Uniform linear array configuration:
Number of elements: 32
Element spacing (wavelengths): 0.25
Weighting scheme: kaiser
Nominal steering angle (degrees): -30
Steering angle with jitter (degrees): -31.669
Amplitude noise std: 0.05
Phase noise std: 0.05

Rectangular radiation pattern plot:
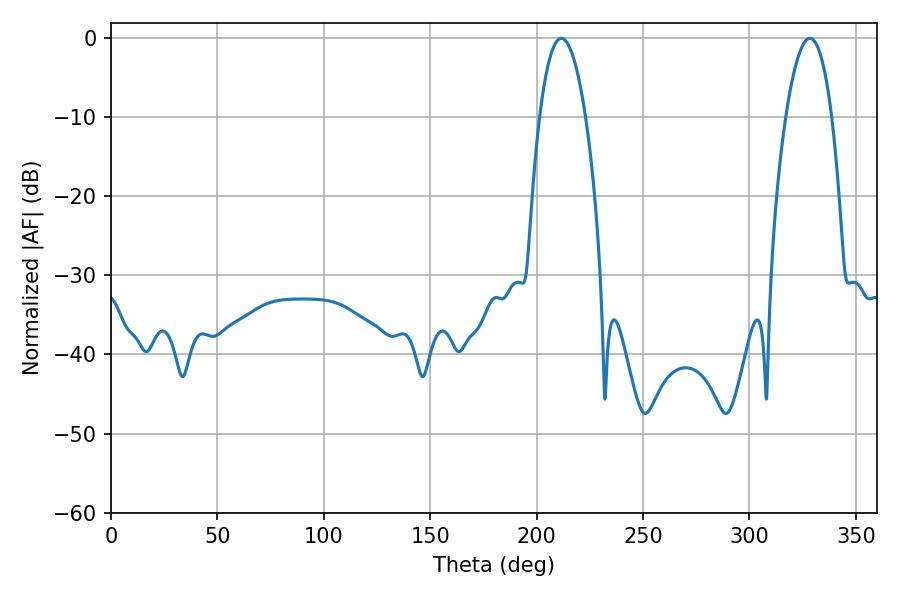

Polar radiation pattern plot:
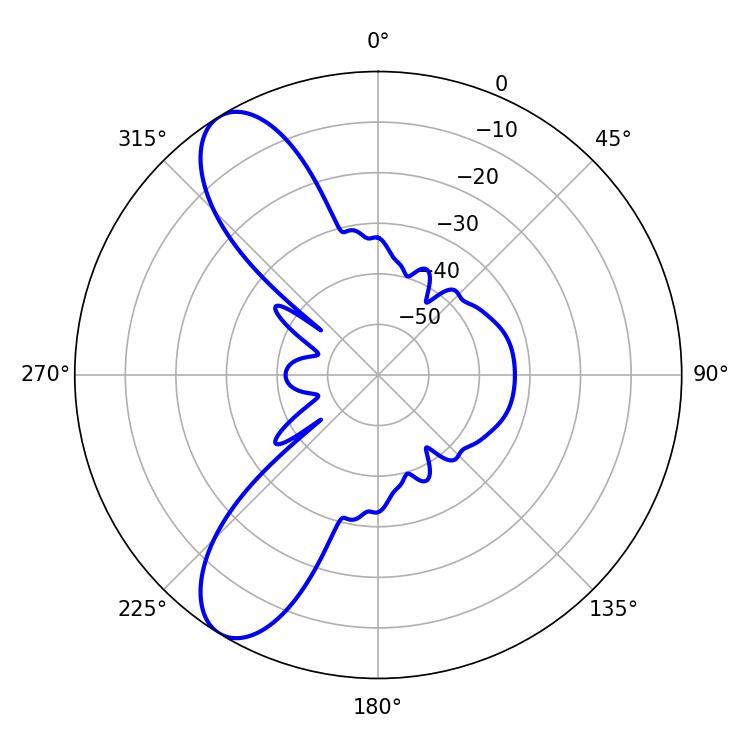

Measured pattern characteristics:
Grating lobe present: FALSE
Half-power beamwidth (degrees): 12.06
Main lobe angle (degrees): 328.32